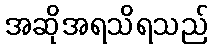
အဆိုအရသိရသည်